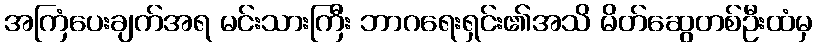
အကြံပေးချက်အရ မင်းသားကြီး ဘာဂရေးရှင်း၏အသိ မိတ်ဆွေတစ်ဦးထံမှ